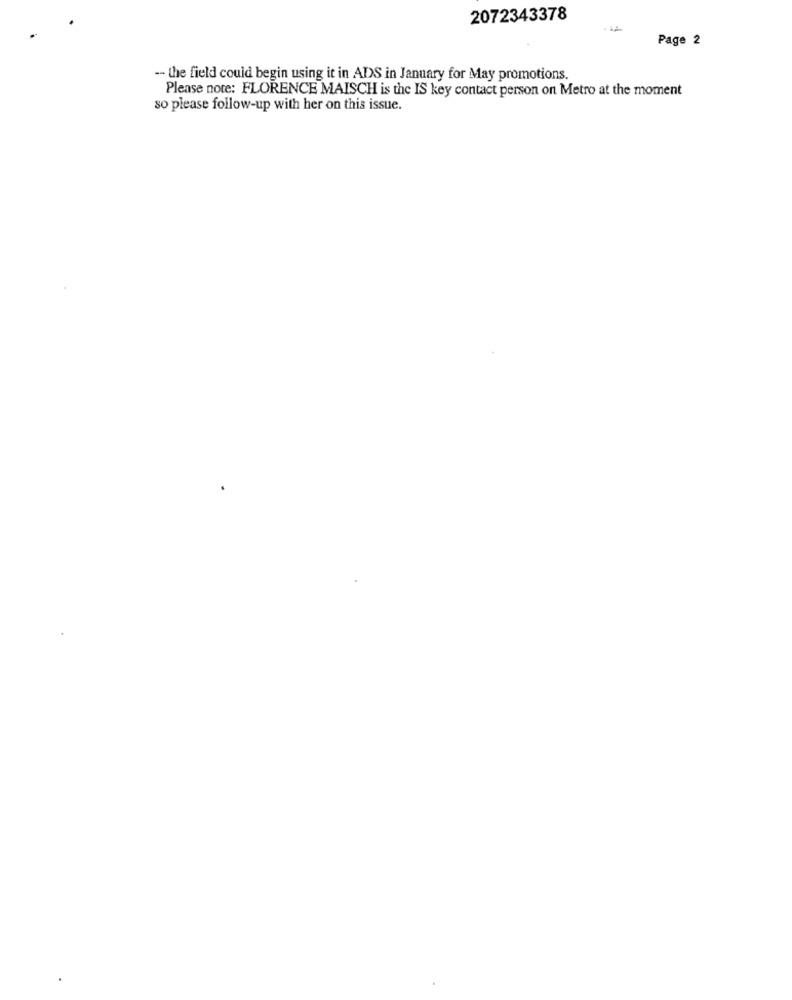
2072343378
Page 2
-- the field could begin using it in ADS in January for May promotions.
Please note: FLORENCE MAISCH is the IS key contact person on Metro at the moment
so please follow-up with her on this issue.